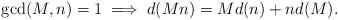
LaTeX: \begin{align*}\gcd(M,n)=1 \implies d(Mn)=Md(n)+n d(M).\end{align*}